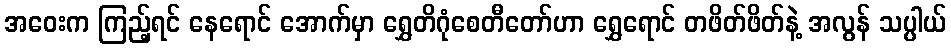
အဝေးက ကြည့်ရင် နေရောင် အောက်မှာ ရွှေတိဂုံစေတီတော်ဟာ ရွှေရောင် တဖိတ်ဖိတ်နဲ့ အလွန် သပ္ပါယ်